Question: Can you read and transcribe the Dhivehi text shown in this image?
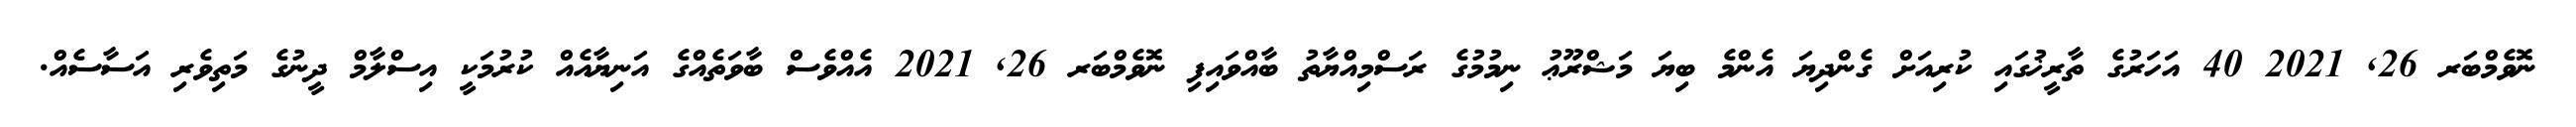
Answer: ނޮވެމްބަރ 26, 2021 40 އަހަރުގެ ތާރީޚުގައި ކުރިއަށް ގެންދިޔަ އެންމެ ބިޔަ މަޝްރޫޢު ނިމުމުގެ ރަސްމިއްޔާތު ބާއްވައިފި ނޮވެމްބަރ 26, 2021 އެއްވެސް ބާވަތެއްގެ އަނިޔާއެއް ކުރުމަކީ އިސްލާމް ދީނުގެ މަތިވެރި އަސާސެއް.